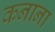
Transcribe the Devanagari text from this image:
कनाना